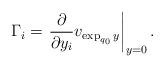
LaTeX: \begin{align*}\Gamma_{i}=\left.\frac{\partial}{\partial y_{i}}v_{\exp_{q_{0}}y}\right|_{y=0}.\end{align*}